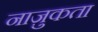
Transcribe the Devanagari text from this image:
नाज़ुकता